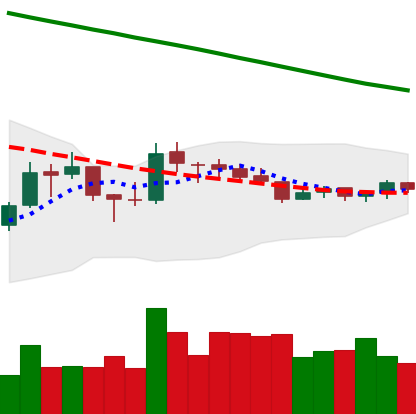
Ticker: LTC-USD
Chart end date: 2018-10-09
Forward return: -11.115%
Label: down_7plus